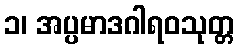
၁၊ အပ္ပမာဒဂါရဝသုတ္တ